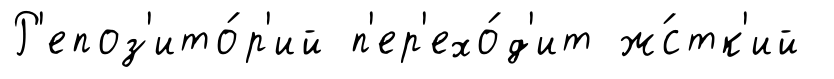
Р'епоз'ито́р'ий п'ер'ехо́д'ит ж́стк'ий